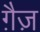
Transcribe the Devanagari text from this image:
ग़ैज़